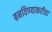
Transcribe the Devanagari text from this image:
बनविण्याकरीता